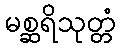
မစ္ဆရိသုတ္တံ